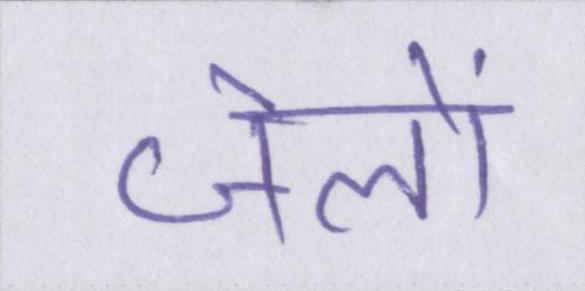
जेलों